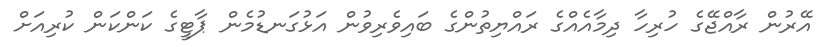
އޭރުން ރާއްޖޭގެ ހުރިހާ ދިމާއެއްގެ ރައްޔިތުންގެ ބައިވެރިވުން އަޅުގަނޑުމެން ޕާޓީގެ ކަންކަން ކުރިއަށް